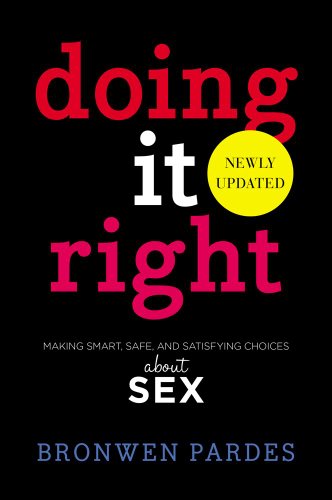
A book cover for Doing It Right: Making Smart, Safe, and Satisfying Choices About Sex; Bronwen Pardes; Teen & Young Adult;